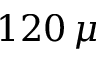
1 2 0 \, \mu